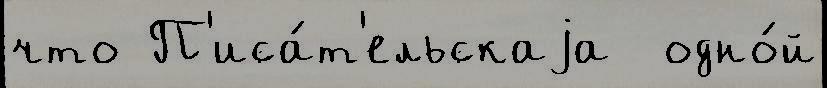
что П'иса́т'ельскаjа  одно́й